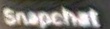
Snapchat